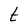
Character: t